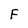
Character: F